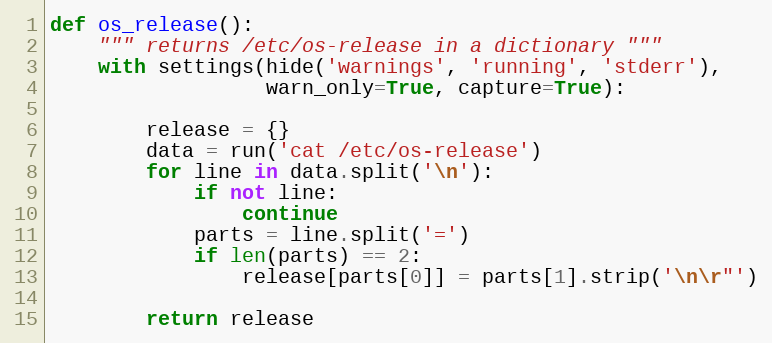
Language: Python
def os_release():
    """ returns /etc/os-release in a dictionary """
    with settings(hide('warnings', 'running', 'stderr'),
                  warn_only=True, capture=True):

        release = {}
        data = run('cat /etc/os-release')
        for line in data.split('\n'):
            if not line:
                continue
            parts = line.split('=')
            if len(parts) == 2:
                release[parts[0]] = parts[1].strip('\n\r"')

        return release